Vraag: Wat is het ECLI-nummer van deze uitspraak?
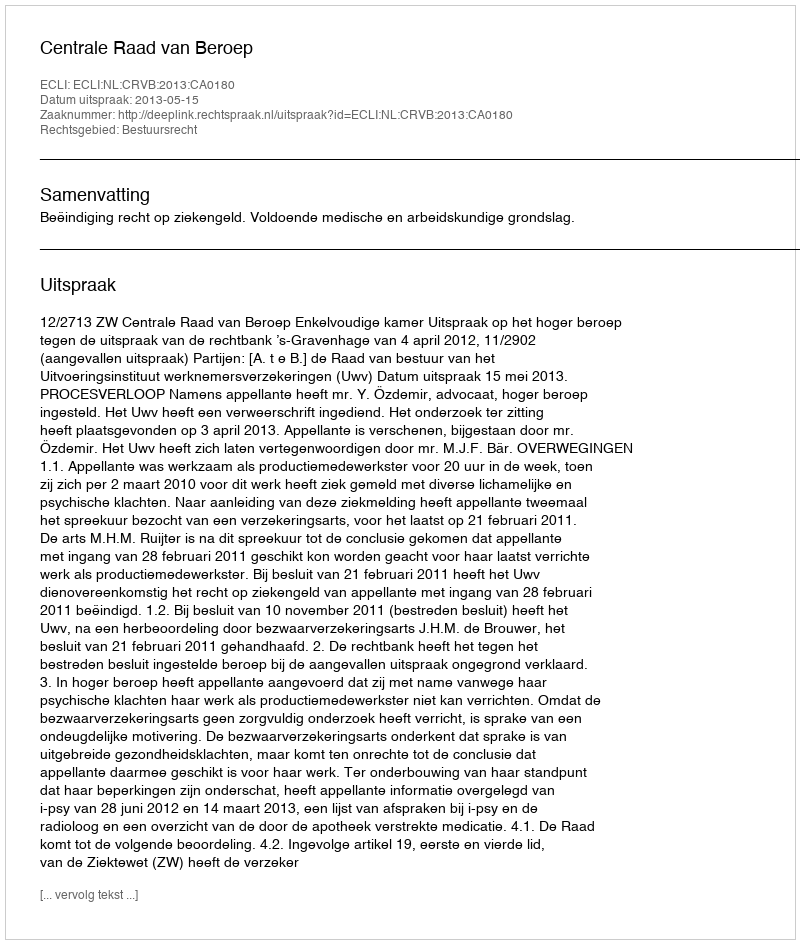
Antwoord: ECLI:NL:CRVB:2013:CA0180